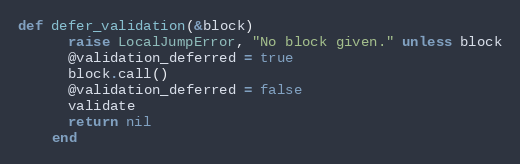
Language: Ruby
def defer_validation(&block)
      raise LocalJumpError, "No block given." unless block
      @validation_deferred = true
      block.call()
      @validation_deferred = false
      validate
      return nil
    end